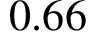
0 . 6 6